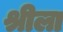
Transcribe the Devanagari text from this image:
श्रीला